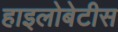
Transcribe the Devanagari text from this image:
हाइलोबेटीस